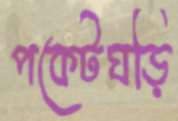
পকেটঘড়ি